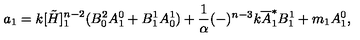
a _ { 1 } = k [ \tilde { H } ] _ { 1 } ^ { n - 2 } ( B _ { 0 } ^ { 2 } A _ { 1 } ^ { 0 } + B _ { 1 } ^ { 1 } A _ { 0 } ^ { 1 } ) + \frac { 1 } { \alpha } ( - ) ^ { n - 3 } k { \overline { A } } _ { 1 } ^ { * } B _ { 1 } ^ { 1 } + m _ { 1 } A _ { 1 } ^ { 0 } ,